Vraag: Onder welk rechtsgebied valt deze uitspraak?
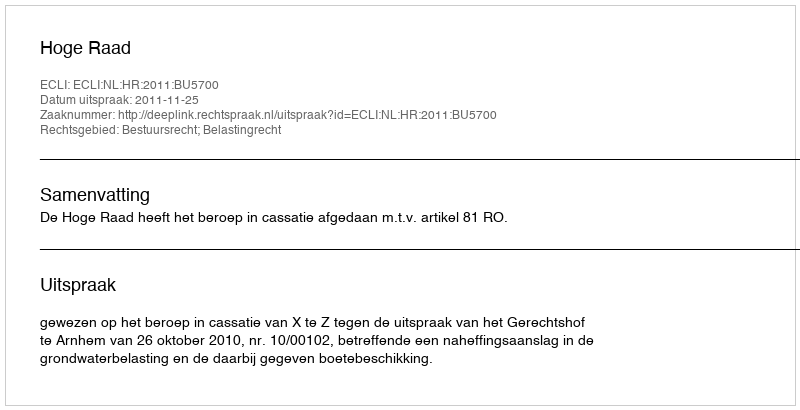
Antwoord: Bestuursrecht; Belastingrecht